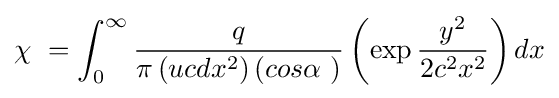
\chi \ =\int _{0}^{\infty }{\frac {q}{\pi \left(ucdx^{2}\right)\left(cos\alpha \ \right)}}\left(\exp {\frac {y^{2}}{2c^{2}x^{2}}}\right)dx